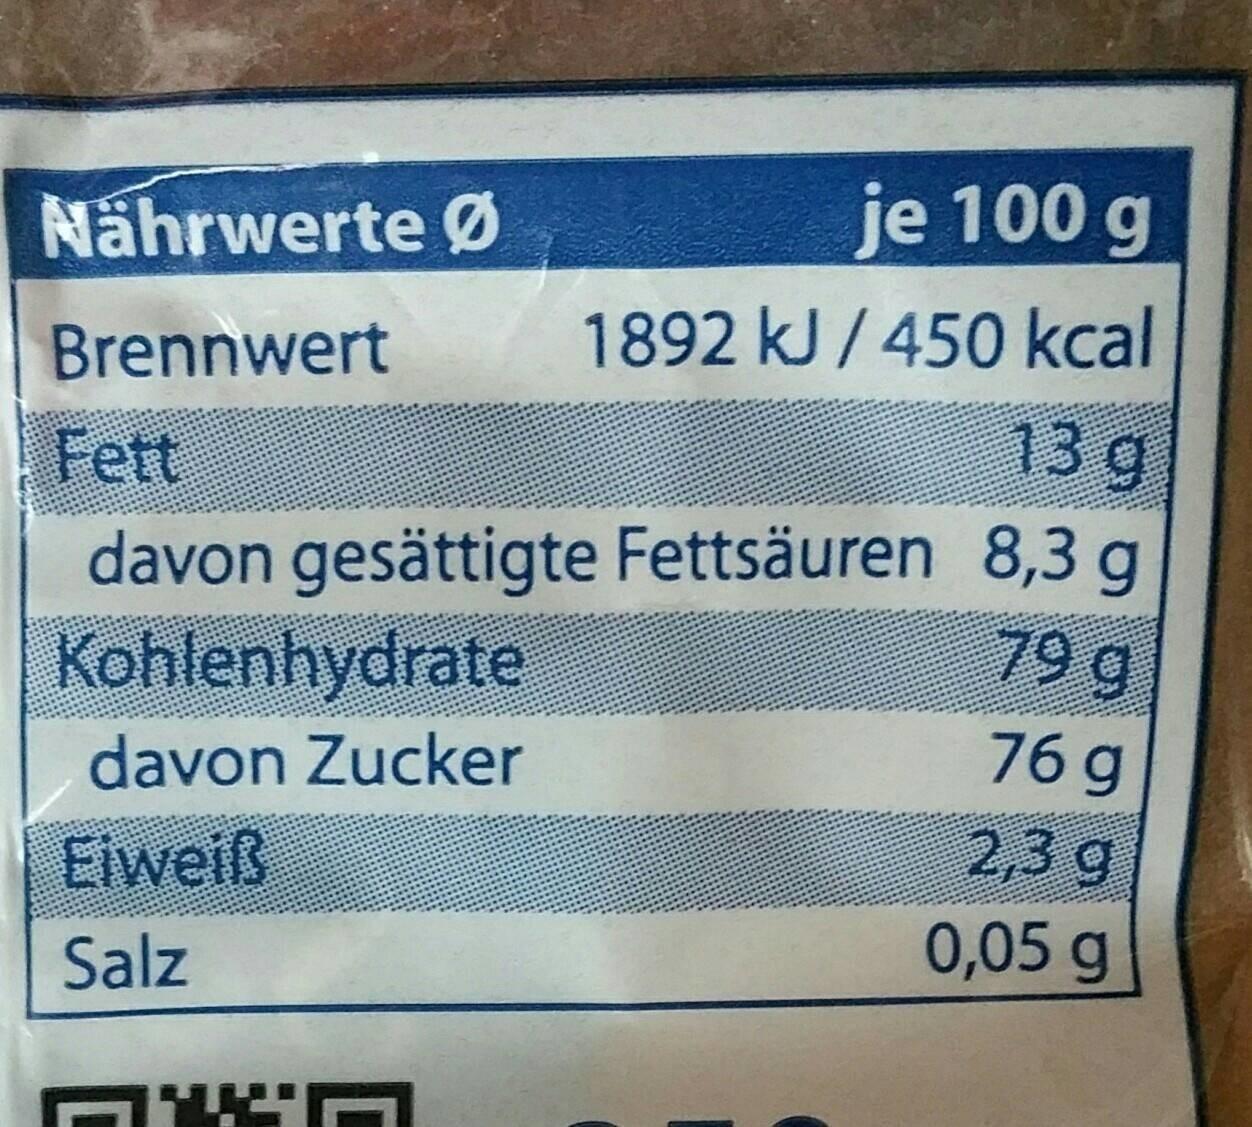
Náhrwerte Ø
je 100 g
1892 kJ /450 kcal
Brennwert
13 g
Fett davon gesättigte Fettsäuren 8,3g Kohlenhydrate
79g
76 g
davon Zucker
Eiweiß
2,3 g
0,05 g
Salz
ר :דז